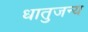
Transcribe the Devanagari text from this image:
धातुजन्य